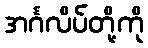
အင်္ဂလိပ်တို့ကို